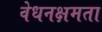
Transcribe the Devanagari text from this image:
वेधनक्षमता